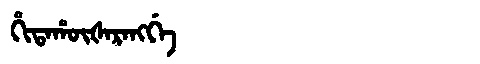
Manchu: ᡥᡳᡨᠠᡥᡡᡧᠠᡵᠠᠩᡤᡝ
Romanization: HITAHŪŠARANGGE